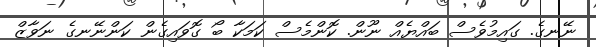
ނޭނގެ. ގައިމުވެސް ބައްޔެއް ނޫން. ކޮންމެސް ކަމަކާ ބޯ ގޮވައިގެން ކަންނޭނގެ ނަވާޒް